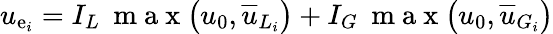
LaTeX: u_{\mathrm{e}_{i}}=I_{L}\: \mathrm{{~m~a~x~}}\big(u_{0},\overline{{{u}}}_{L_{i}}\big)+I_{G}\: \mathrm{{~m~a~x~}}\big(u_{0},\overline{{{u}}}_{G_{i}}\big)